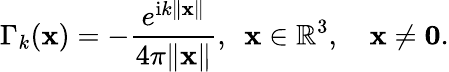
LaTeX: \Gamma_{k}(\mathbf{x})=-\frac{e^{\mathrm{i}k\| \mathbf{x}\| }}{4\pi\| \mathbf{x}\| },~~\mathbf{x}\in\mathbb{R}^{3},\quad\mathbf{x}\neq\mathbf{0}.